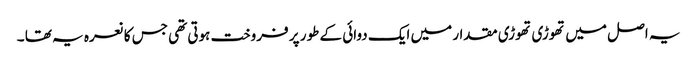
یہ اصل میں تھوڑی تھوڑی مقدار میں ایک دوائی کے طور پر فروخت ہوتی تھی جس کا نعرہ یہ تھا ۔